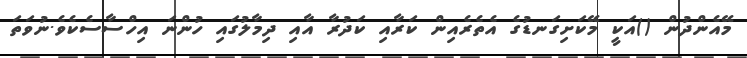
މޭއެންދުން ()އަކީ މޭކަށިގަނޑުގެ އެތެރެއިން ކަރާއި ކަދުރާ އާއި ދިމާލުގައި ހުންނަ އިހްސާސެކެވެ.ނުވަތަ